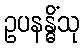
ဥပနန္ဓိံသု